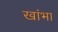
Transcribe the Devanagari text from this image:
खांभा